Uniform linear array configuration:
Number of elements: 48
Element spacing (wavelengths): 1
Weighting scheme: cosine
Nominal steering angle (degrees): -60
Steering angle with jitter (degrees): -58.703
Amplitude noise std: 0.05
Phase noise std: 0.05

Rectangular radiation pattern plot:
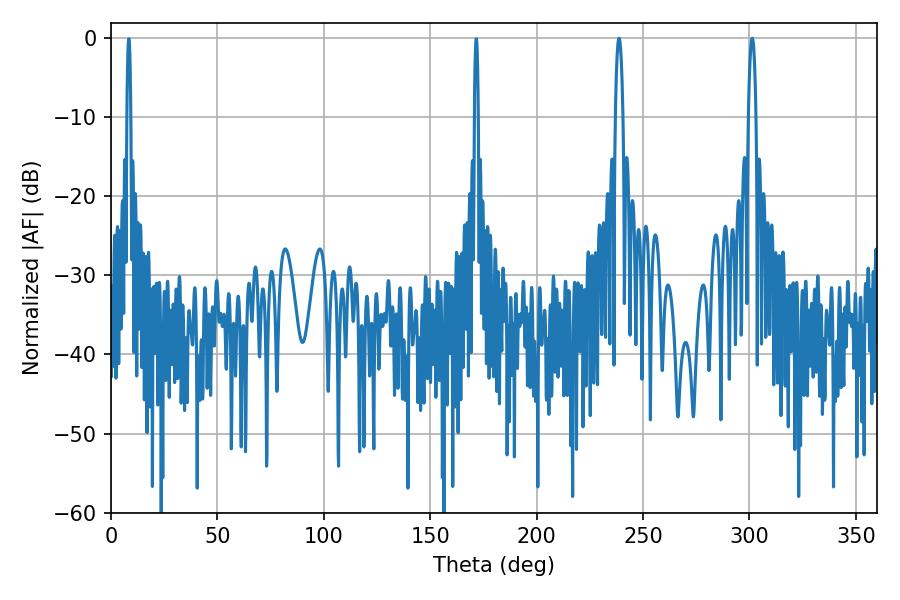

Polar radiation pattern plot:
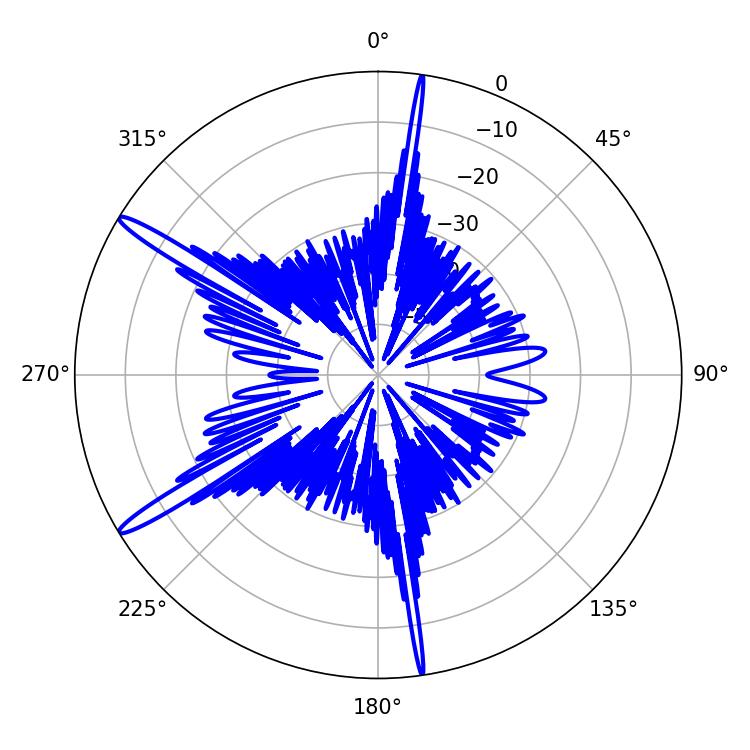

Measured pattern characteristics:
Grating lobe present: TRUE
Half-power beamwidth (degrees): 1.98
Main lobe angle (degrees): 238.68